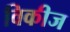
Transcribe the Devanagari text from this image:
विकीज